Civil Veterinary Department Bengal reports 1923-33 - 1923-1933
Year: 1923
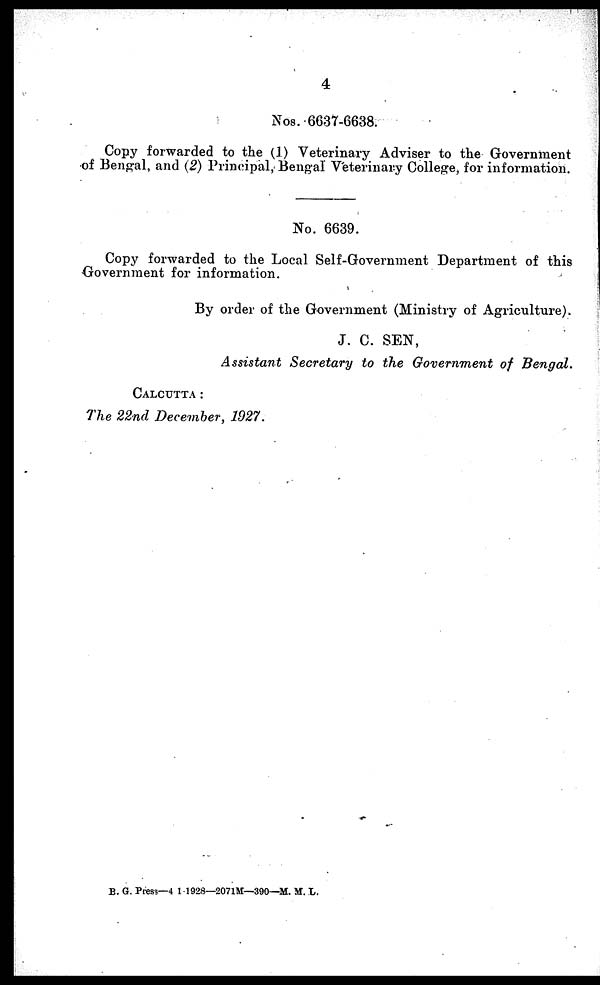
4
Nos. 6637-6638.
Copy forwarded to the (1) Veterinary Adviser to the Government
of Bengal, and (2) Principal,-Bengal Veterinary College, for information.
No. 6639.
Copy forwarded to the Local Self-Government Department of this
Government for information.
By order of the Government (Ministry of Agriculture).
J. C. SEN,
Assistant Secretary to the Government of Bengal.
CALCUTTA:
The 22nd December, 1927.
B. G. Press—4 1 1928—2071M—390—M. M. L.